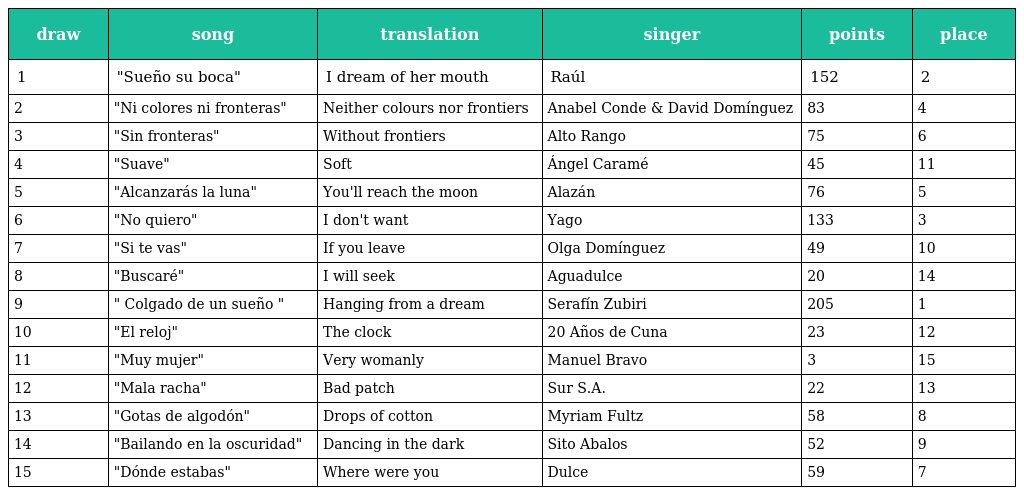
| draw | song | translation | singer | points | place |
 | --- | --- | --- | --- | --- | --- |
 | 1 | "Sueño su boca" | I dream of her mouth | Raúl | 152 | 2 |
 | 2 | "Ni colores ni fronteras" | Neither colours nor frontiers | Anabel Conde & David Domínguez | 83 | 4 |
 | 3 | "Sin fronteras" | Without frontiers | Alto Rango | 75 | 6 |
 | 4 | "Suave" | Soft | Ángel Caramé | 45 | 11 |
 | 5 | "Alcanzarás la luna" | You'll reach the moon | Alazán | 76 | 5 |
 | 6 | "No quiero" | I don't want | Yago | 133 | 3 |
 | 7 | "Si te vas" | If you leave | Olga Domínguez | 49 | 10 |
 | 8 | "Buscaré" | I will seek | Aguadulce | 20 | 14 |
 | 9 | " Colgado de un sueño " | Hanging from a dream | Serafín Zubiri | 205 | 1 |
 | 10 | "El reloj" | The clock | 20 Años de Cuna | 23 | 12 |
 | 11 | "Muy mujer" | Very womanly | Manuel Bravo | 3 | 15 |
 | 12 | "Mala racha" | Bad patch | Sur S.A. | 22 | 13 |
 | 13 | "Gotas de algodón" | Drops of cotton | Myriam Fultz | 58 | 8 |
 | 14 | "Bailando en la oscuridad" | Dancing in the dark | Sito Abalos | 52 | 9 |
 | 15 | "Dónde estabas" | Where were you | Dulce | 59 | 7 |